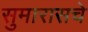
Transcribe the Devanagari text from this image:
सुमारासचे